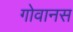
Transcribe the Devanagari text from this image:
गोवानस